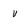
Character: v